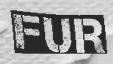
FUR